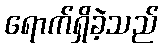
ရောက်ရှိခဲ့သည်